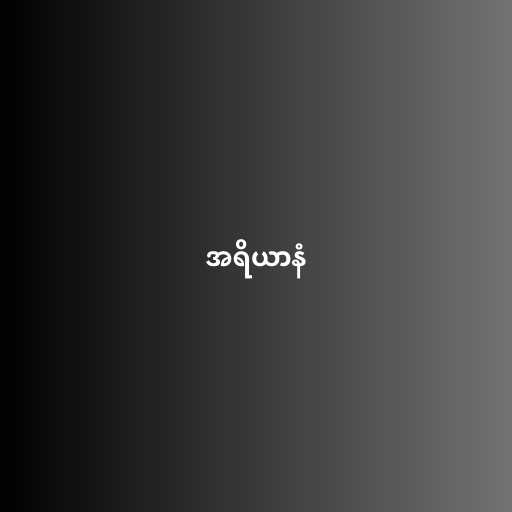
အရိယာနံ